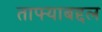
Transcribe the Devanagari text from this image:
ताफ्याबद्दल